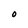
Character: O